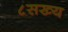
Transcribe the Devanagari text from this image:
८सख्य